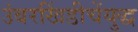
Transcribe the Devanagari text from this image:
उंबरखिंडीचेंयुद्ध